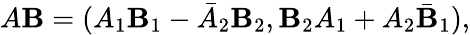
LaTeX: A\mathbf{B}=(A_{1}\mathbf{B}_{1}-\bar{{A}}_{2}\mathbf{B}_{2},\mathbf{B}_{2}A_{1}+A_{2}\bar{{\mathbf{B}}}_{1}),